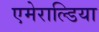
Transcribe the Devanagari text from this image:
एमेराल्डिया